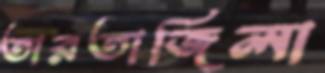
তারতাজিলা